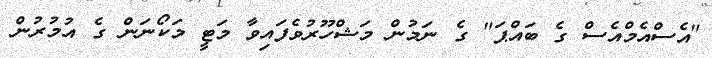
"އެސްއެމްއެސް ގެ ބައްޕަ" ގެ ނަމުން މަޝްހޫރުވެފައިވާ މަޓީ މަކޯނަން ގެ އުމުރުން